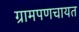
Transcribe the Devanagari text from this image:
ग्रामपणचायत